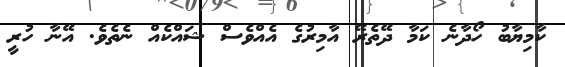
ކާމިޔާބު ހޯދާނެ ކަމާ ދޭތެރޭ އާމިރުގެ އެއްވެސް ޝައްކެއް ނެތެވެ. އޭނާ ހުރީ